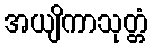
အယျိကာသုတ္တံ